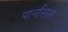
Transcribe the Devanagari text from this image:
पार्नासस